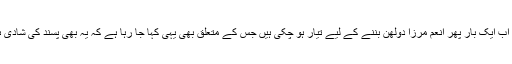
تاہم اب ایک بار پھر انعم مرزا دولھن بننے کے لیے تیار ہو چکی ہیں جس کے متعلق بھی یہی کہا جا رہا ہے کہ یہ بھی پسند کی شادی ہے۔